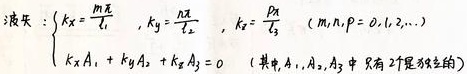
波矢：$\begin{cases} k_x = \frac{m\pi}{l_1} \ , \ k_y = \frac{n\pi}{l_2} \ , \ k_z = \frac{p\pi}{l_3} \ \ (m,n,p = 0,1,2,\cdots) \\ k_x A_1 + k_y A_2 + k_z A_3 = 0 \ \ (其中 A_1,A_2,A_3 中只有 2 个是独立的) \end{cases}$